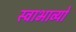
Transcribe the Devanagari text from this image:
स्वाभाव्यो